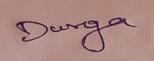
Signature authenticity: genuine